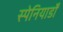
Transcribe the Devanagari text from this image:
स्पेनियार्डों